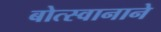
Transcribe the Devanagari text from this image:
बोत्स्वानाने